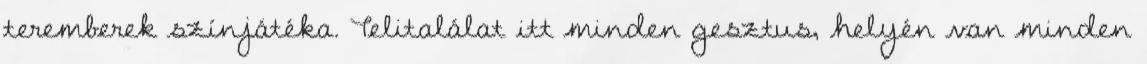
teremberek színjátéka. Telitalálat itt minden gesztus, helyén van minden